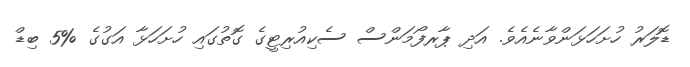
ޑޮލަރު ހުށަހަޅަންވާނެއެވެ. އަދި ޕާރފޯމަންސް ސެކިއުރިޓީގެ ގޮތުގައި ހުށަހަޅާ އަގުގެ %5 ބިޑް